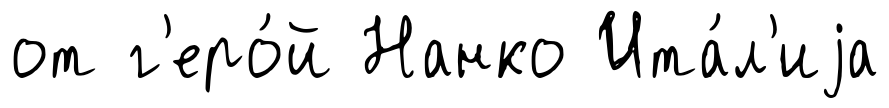
от г'еро́й Нанко Ита́л'иjа